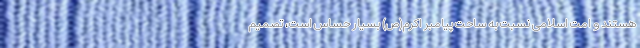
هستند و امت اسلامی نسبت به ساحت پیامبر اکرم(ص) بسیار حساس است، تصمیم